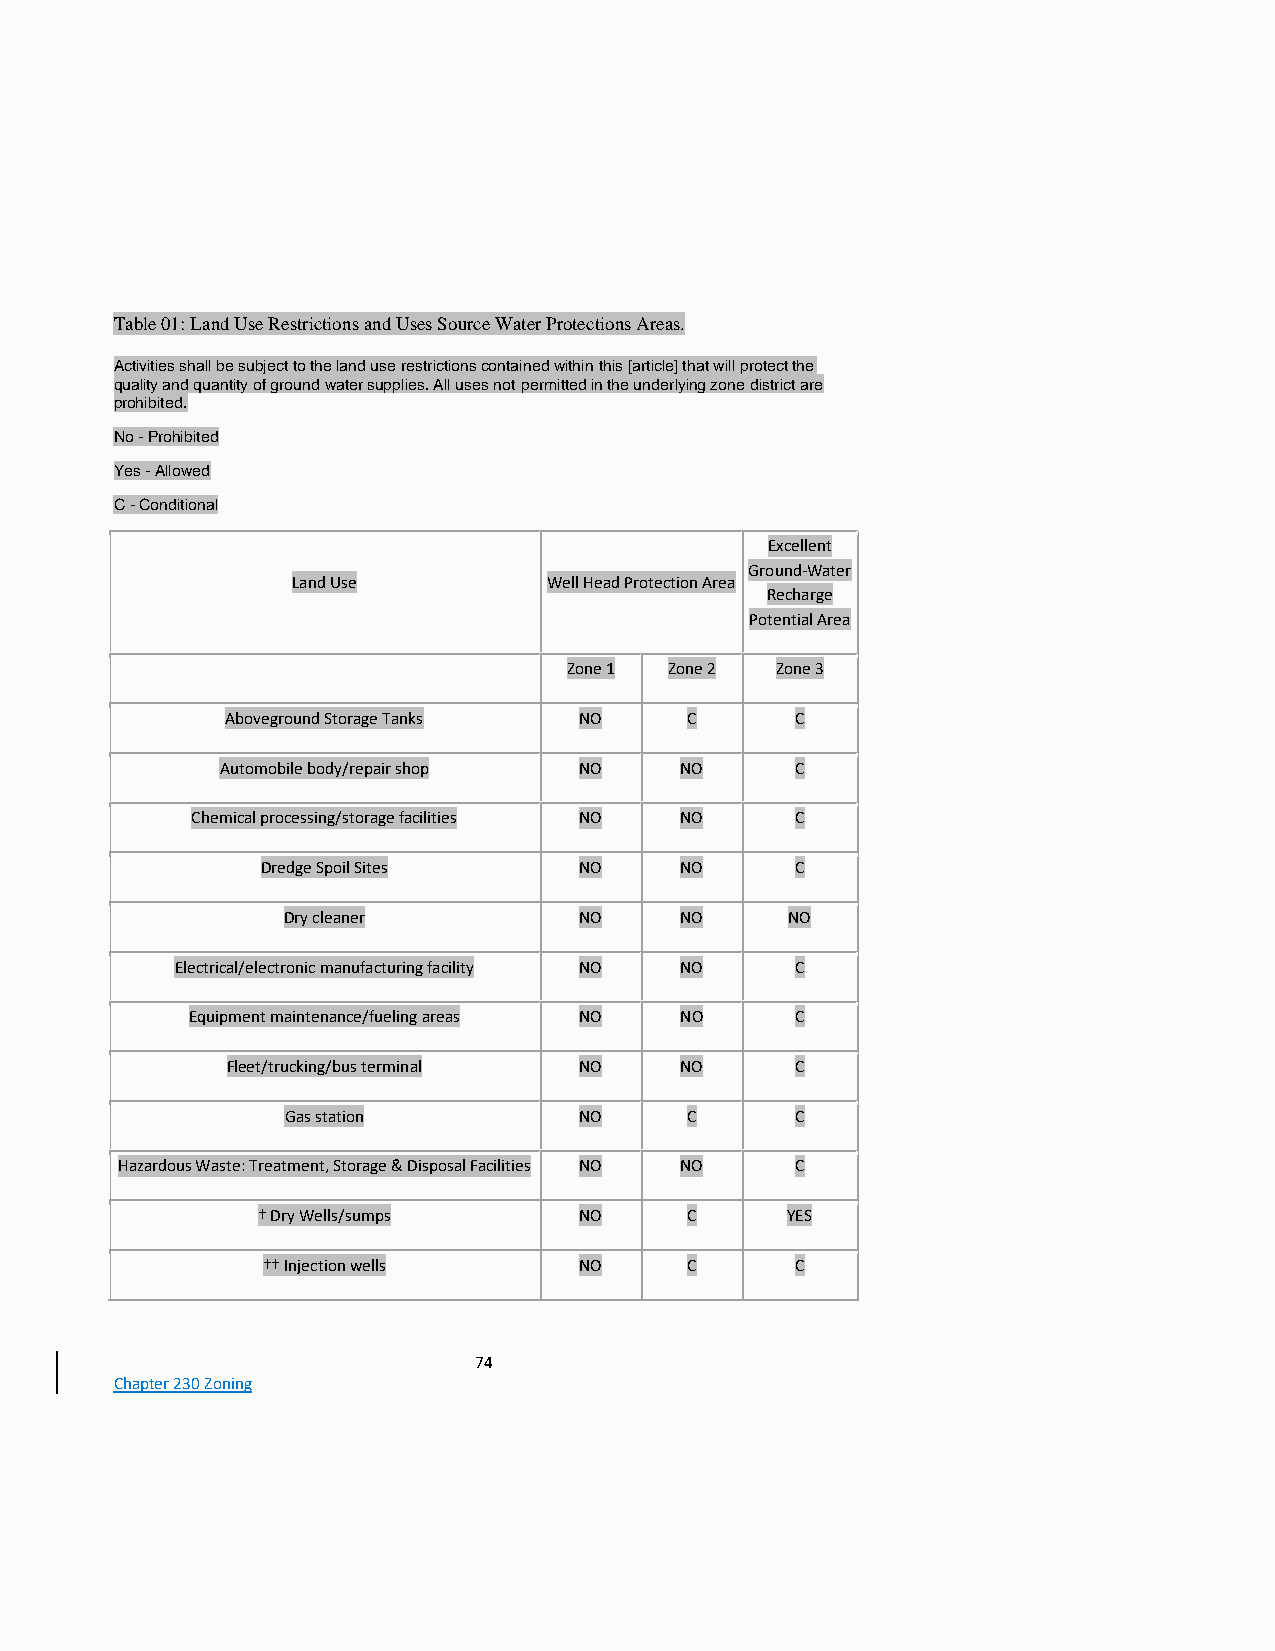
Table 01: Land Use Restrictions and Uses Source Water Protections Areas.
 Activities shall be subject to the land use restrictions contained within this [article] that will protect the
 quality and quantity of ground water supplies. All uses not permitted in the underlying zone district are
 prohibited.
 No - Prohibited
 Yes - Allowed
 C - Conditional
 Excellent
 Ground-Water
 Land Use         Well Head Protection Area
 Recharge
 Potential Area
 Zone 1 Zone 2 Zone 3
 Aboveground Storage Tanks NO  C       C
 Automobile body/repair shop NO NO     C
 Chemical processing/storage facilities NO NO C
 Dredge Spoil Sites   NO     NO      C
 Dry cleaner        NO     NO     NO
 Electrical/electronic manufacturing facility NO NO C
 Equipment maintenance/fueling areas NO NO C
 Fleet/trucking/bus terminal NO NO     C
 Gas station        NO     C       C
 Hazardous Waste: Treatment, Storage & Disposal Facilities NO NO C
 † Dry Wells/sumps    NO     C      YES
 †† Injection wells   NO     C       C
 74
 Chapter 230 Zoning